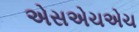
એસએચએચ